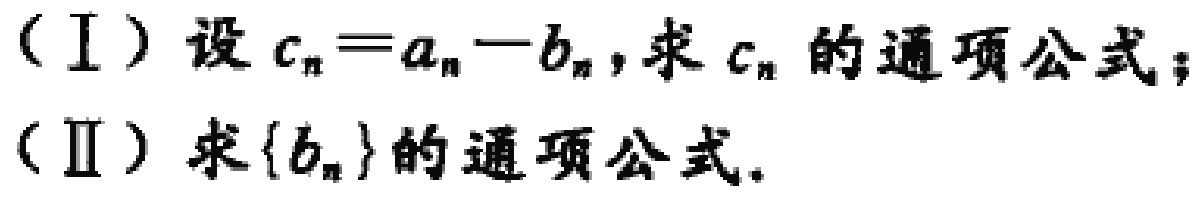
（Ⅰ）设\(c_{n}=a_{n}-b_{n}\)，求\(c_{n}\)的通项公式；
（Ⅱ）求\(\{b_{n}\}\)的通项公式。